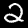
Digit: 2